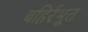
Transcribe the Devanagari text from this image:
बहिर्रभूत